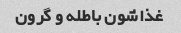
غذاشون باطله و گرون